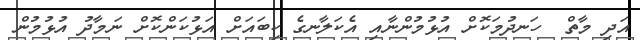
އަދި މާތް  ހަނދުމަކޮށް އުޅުމުންނާއި އެކަލާނގެ ކިބައަށް އަޅުކަންކޮށް ނަމާދު އުޅުމުން